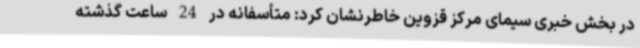
در بخش خبری سیمای مرکز قزوین خاطرنشان کرد: متأسفانه در 24 ساعت گذشته